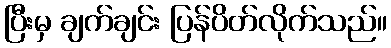
ပြီးမှ ချက်ချင်း ပြန်ပိတ်လိုက်သည်။